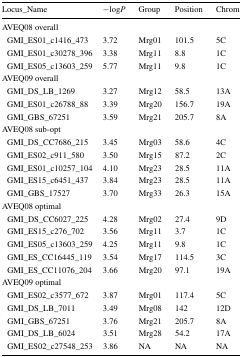
<table><thead><tr><td><b>Locus_Name</b></td><td><b>−log<i>P</i></b></td><td><b>Group</b></td><td><b>Position</b></td><td><b>Chrom</b></td></tr></thead><tbody><tr><td colspan="5">AVEQ08 overall</td></tr><tr><td> GMI_ES01_c1416_473</td><td>3.72</td><td>Mrg01</td><td>101.5</td><td>5C</td></tr><tr><td> GMI_ES01_c30278_396</td><td>3.38</td><td>Mrg11</td><td>8.8</td><td>1C</td></tr><tr><td> GMI_ES05_c13603_259</td><td>5.77</td><td>Mrg11</td><td>9.8</td><td>1C</td></tr><tr><td colspan="5">AVEQ09 overall</td></tr><tr><td> GMI_DS_LB_1269</td><td>3.27</td><td>Mrg12</td><td>58.5</td><td>13A</td></tr><tr><td> GMI_ES01_c26788_88</td><td>3.39</td><td>Mrg20</td><td>156.7</td><td>19A</td></tr><tr><td> GMI_GBS_67251</td><td>3.59</td><td>Mrg21</td><td>205.7</td><td>8A</td></tr><tr><td colspan="5">AVEQ08 sub-opt</td></tr><tr><td> GMI_DS_CC7686_215</td><td>3.45</td><td>Mrg03</td><td>58.6</td><td>4C</td></tr><tr><td> GMI_ES02_c911_580</td><td>3.50</td><td>Mrg15</td><td>87.2</td><td>2C</td></tr><tr><td> GMI_ES01_c10257_104</td><td>4.10</td><td>Mrg23</td><td>28.5</td><td>11A</td></tr><tr><td> GMI_ES15_c6451_437</td><td>3.84</td><td>Mrg23</td><td>28.5</td><td>11A</td></tr><tr><td> GMI_GBS_17527</td><td>3.70</td><td>Mrg33</td><td>26.3</td><td>15A</td></tr><tr><td colspan="5">AVEQ08 optimal</td></tr><tr><td> GMI_DS_CC6027_225</td><td>4.28</td><td>Mrg02</td><td>27.4</td><td>9D</td></tr><tr><td> GMI_ES15_c276_702</td><td>3.56</td><td>Mrg11</td><td>3.7</td><td>1C</td></tr><tr><td> GMI_ES05_c13603_259</td><td>4.25</td><td>Mrg11</td><td>9.8</td><td>1C</td></tr><tr><td> GMI_ES_CC16445_119</td><td>3.54</td><td>Mrg17</td><td>114.5</td><td>3C</td></tr><tr><td> GMI_ES_CC11076_204</td><td>3.66</td><td>Mrg20</td><td>97.1</td><td>19A</td></tr><tr><td colspan="5">AVEQ09 optimal</td></tr><tr><td> GMI_ES02_c3577_672</td><td>3.87</td><td>Mrg01</td><td>117.4</td><td>5C</td></tr><tr><td> GMI_DS_LB_7011</td><td>3.49</td><td>Mrg08</td><td>142</td><td>12D</td></tr><tr><td> GMI_GBS_67251</td><td>3.76</td><td>Mrg21</td><td>205.7</td><td>8A</td></tr><tr><td> GMI_DS_LB_6024</td><td>3.51</td><td>Mrg28</td><td>54.2</td><td>17A</td></tr><tr><td> GMI_ES02_c27548_253</td><td>3.86</td><td>NA</td><td>NA</td><td>NA</td></tr></tbody></table>